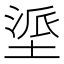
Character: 𫮏